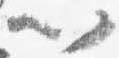
以